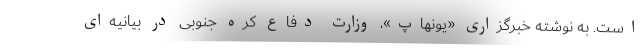
است. به نوشته خبرگزاری «یونهاپ»، وزارت دفاع کره جنوبی در بیانیه‌ای